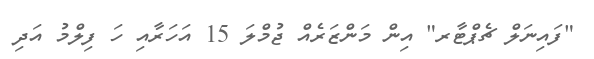
"ފައިނަލް ޗެޕްޓާރ" އިން މަންޒަރެއް ޖުމްލަ 15 އަހަރާއި ހަ ފިލްމު އަދި